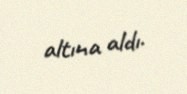
altına aldı.